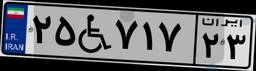
۰۹W۱۹۰۷۶